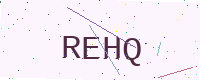
Text: REHQ